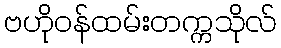
ဗဟိုဝန်ထမ်းတက္ကသိုလ်